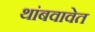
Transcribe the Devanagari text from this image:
थांबवावेत